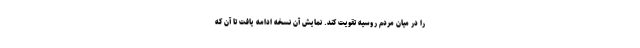
را در میان مردم روسیه تقویت کند. نمایش آن نسخه ادامه یافت تا آن که